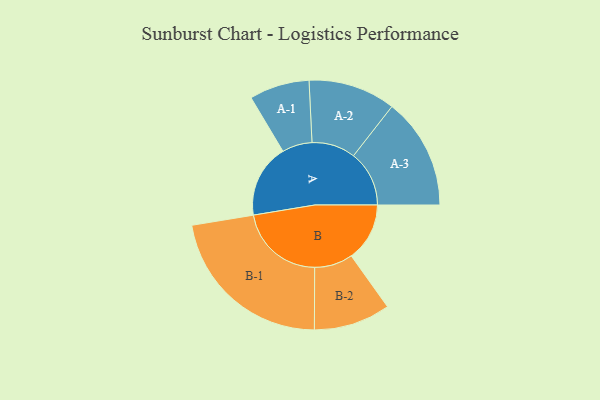
{"axis": {"x": "Segment", "y": "Value"}, "legend": ["", "A", "B"], "data": [{"x": "A", "y": 249, "type": ""}, {"x": "B", "y": 198, "type": ""}, {"x": "A-1", "y": 102, "type": "A"}, {"x": "A-2", "y": 148, "type": "A"}, {"x": "A-3", "y": 189, "type": "A"}, {"x": "B-1", "y": 292, "type": "B"}, {"x": "B-2", "y": 130, "type": "B"}]}